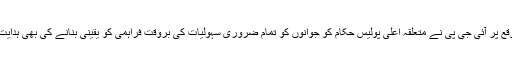
اس موقع پر آئی جی پی نے متعلقہ اعلیٰ پولیس حکام کو جوانوں کو تمام ضروری سہولیات کی بروقت فراہمی کو یقینی بنانے کی بھی ہدایت کی ۔